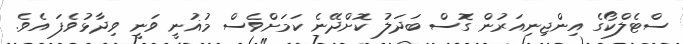
ސްޓެލްކޯގެ އިންޖިނިއަރުން ގޮސް ބަދަލު ކޮށްދޭނެ ކަމަށްވެސް މުޣުނީ ވަނީ ވިދާޅުވެފަ އެވެ.